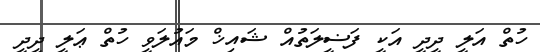
ހުތް އަލީ ދީދީ އަކީ ފަޟީލަތުއް ޝައިޚް މައުލަވީ ހުތް ޢަލީ ދީދީ